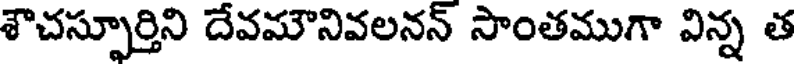
శౌచస్సూర్తిని దేవమౌనివలనన్ సాంతముగా విన్న త